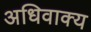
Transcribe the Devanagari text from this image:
अधिवाक्य